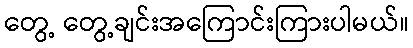
တွေ့ တွေ့ချင်းအကြောင်းကြားပါမယ်။